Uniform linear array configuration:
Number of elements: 16
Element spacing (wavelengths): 0.75
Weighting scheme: cosine
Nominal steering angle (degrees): -30
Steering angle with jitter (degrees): -29.719
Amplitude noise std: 0.05
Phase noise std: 0.05

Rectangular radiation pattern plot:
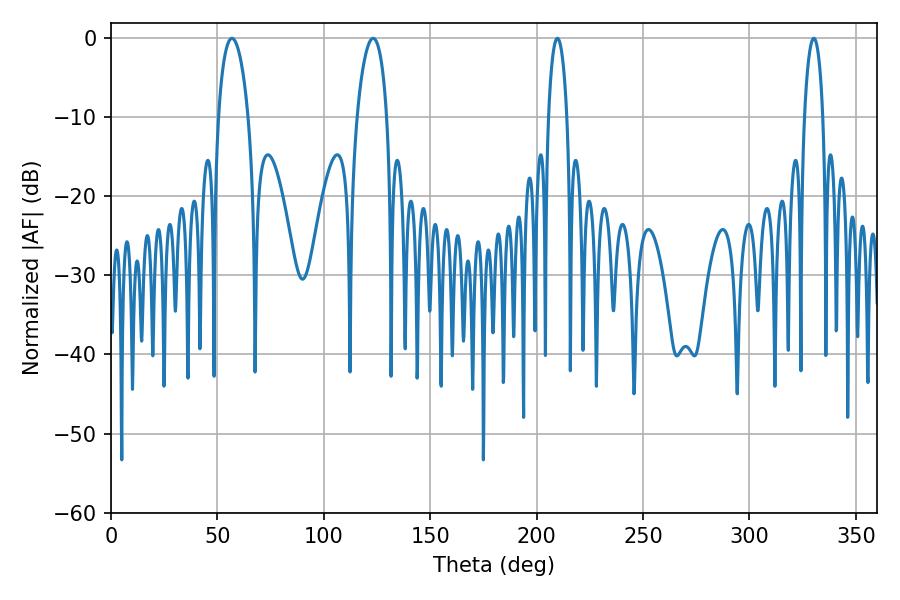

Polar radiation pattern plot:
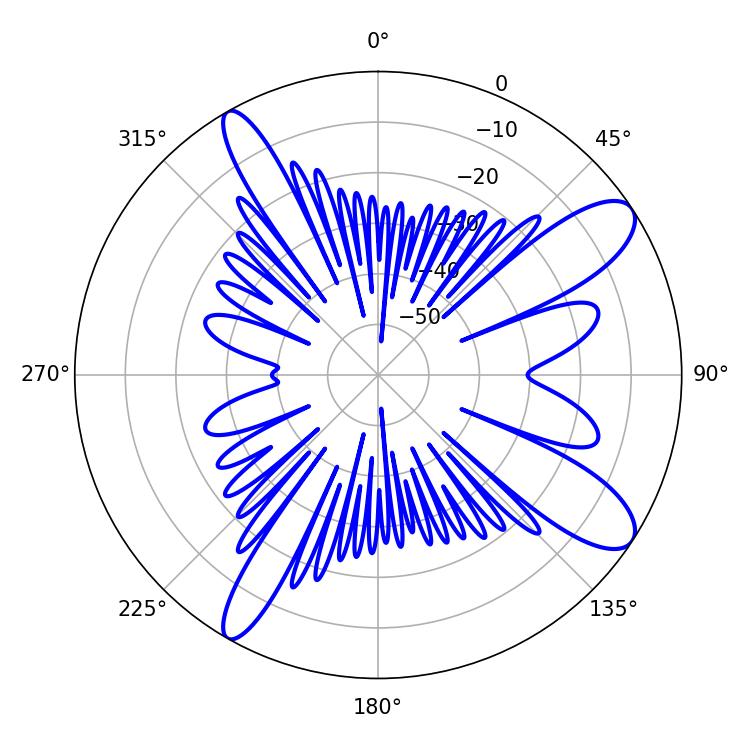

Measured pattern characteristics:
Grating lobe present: TRUE
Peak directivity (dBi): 10.913
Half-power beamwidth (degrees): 7.92
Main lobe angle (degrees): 56.88